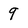
Character: 9